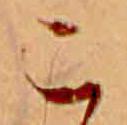
こ